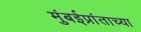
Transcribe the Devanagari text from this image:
मुंबईप्रांताच्या